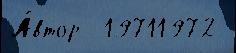
А́втор  19711972